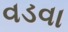
વડવા